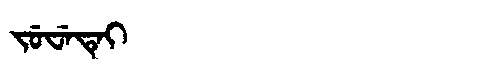
Manchu: ᠵᡠᠸᡝᡨᡝᡳ
Romanization: JUWETEI